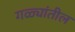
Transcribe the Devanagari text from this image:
गळ्यांतील